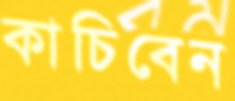
কাচিবেন